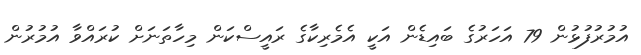
އުމުރުފުޅުން 79 އަހަރުގެ ބައިޑެން އަކީ އެމެރިކާގެ ރައީސްކަން މިހާތަނަށް ކުރައްވާ އުމުރުން